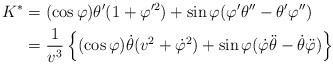
LaTeX: \begin{align*}K^{\ast} & =(\cos\varphi)\theta^{\prime}(1+\varphi^{\prime2})+\sin\varphi(\varphi^{\prime}\theta^{\prime\prime}-\theta^{\prime}\varphi^{\prime\prime})\\& =\frac{1}{v^{3}}\left\{ (\cos\varphi)\dot{\theta}(v^{2}+\dot{\varphi}^{2})+\sin\varphi(\dot{\varphi}\ddot{\theta}-\dot{\theta}\ddot{\varphi})\right\} \end{align*}